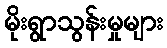
မိုးရွာသွန်းမှုများ